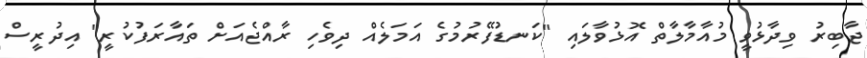
ޖާބިރު ވިދާޅުވީ މުއާމާލާތް އޮޅުވާލައި "ކަނޑުފޭރުމުގެ އަމަލެއް ދިވެހި ރާއްޖެއަށް ތައާރަފުކުރީ" އިދުރީސް